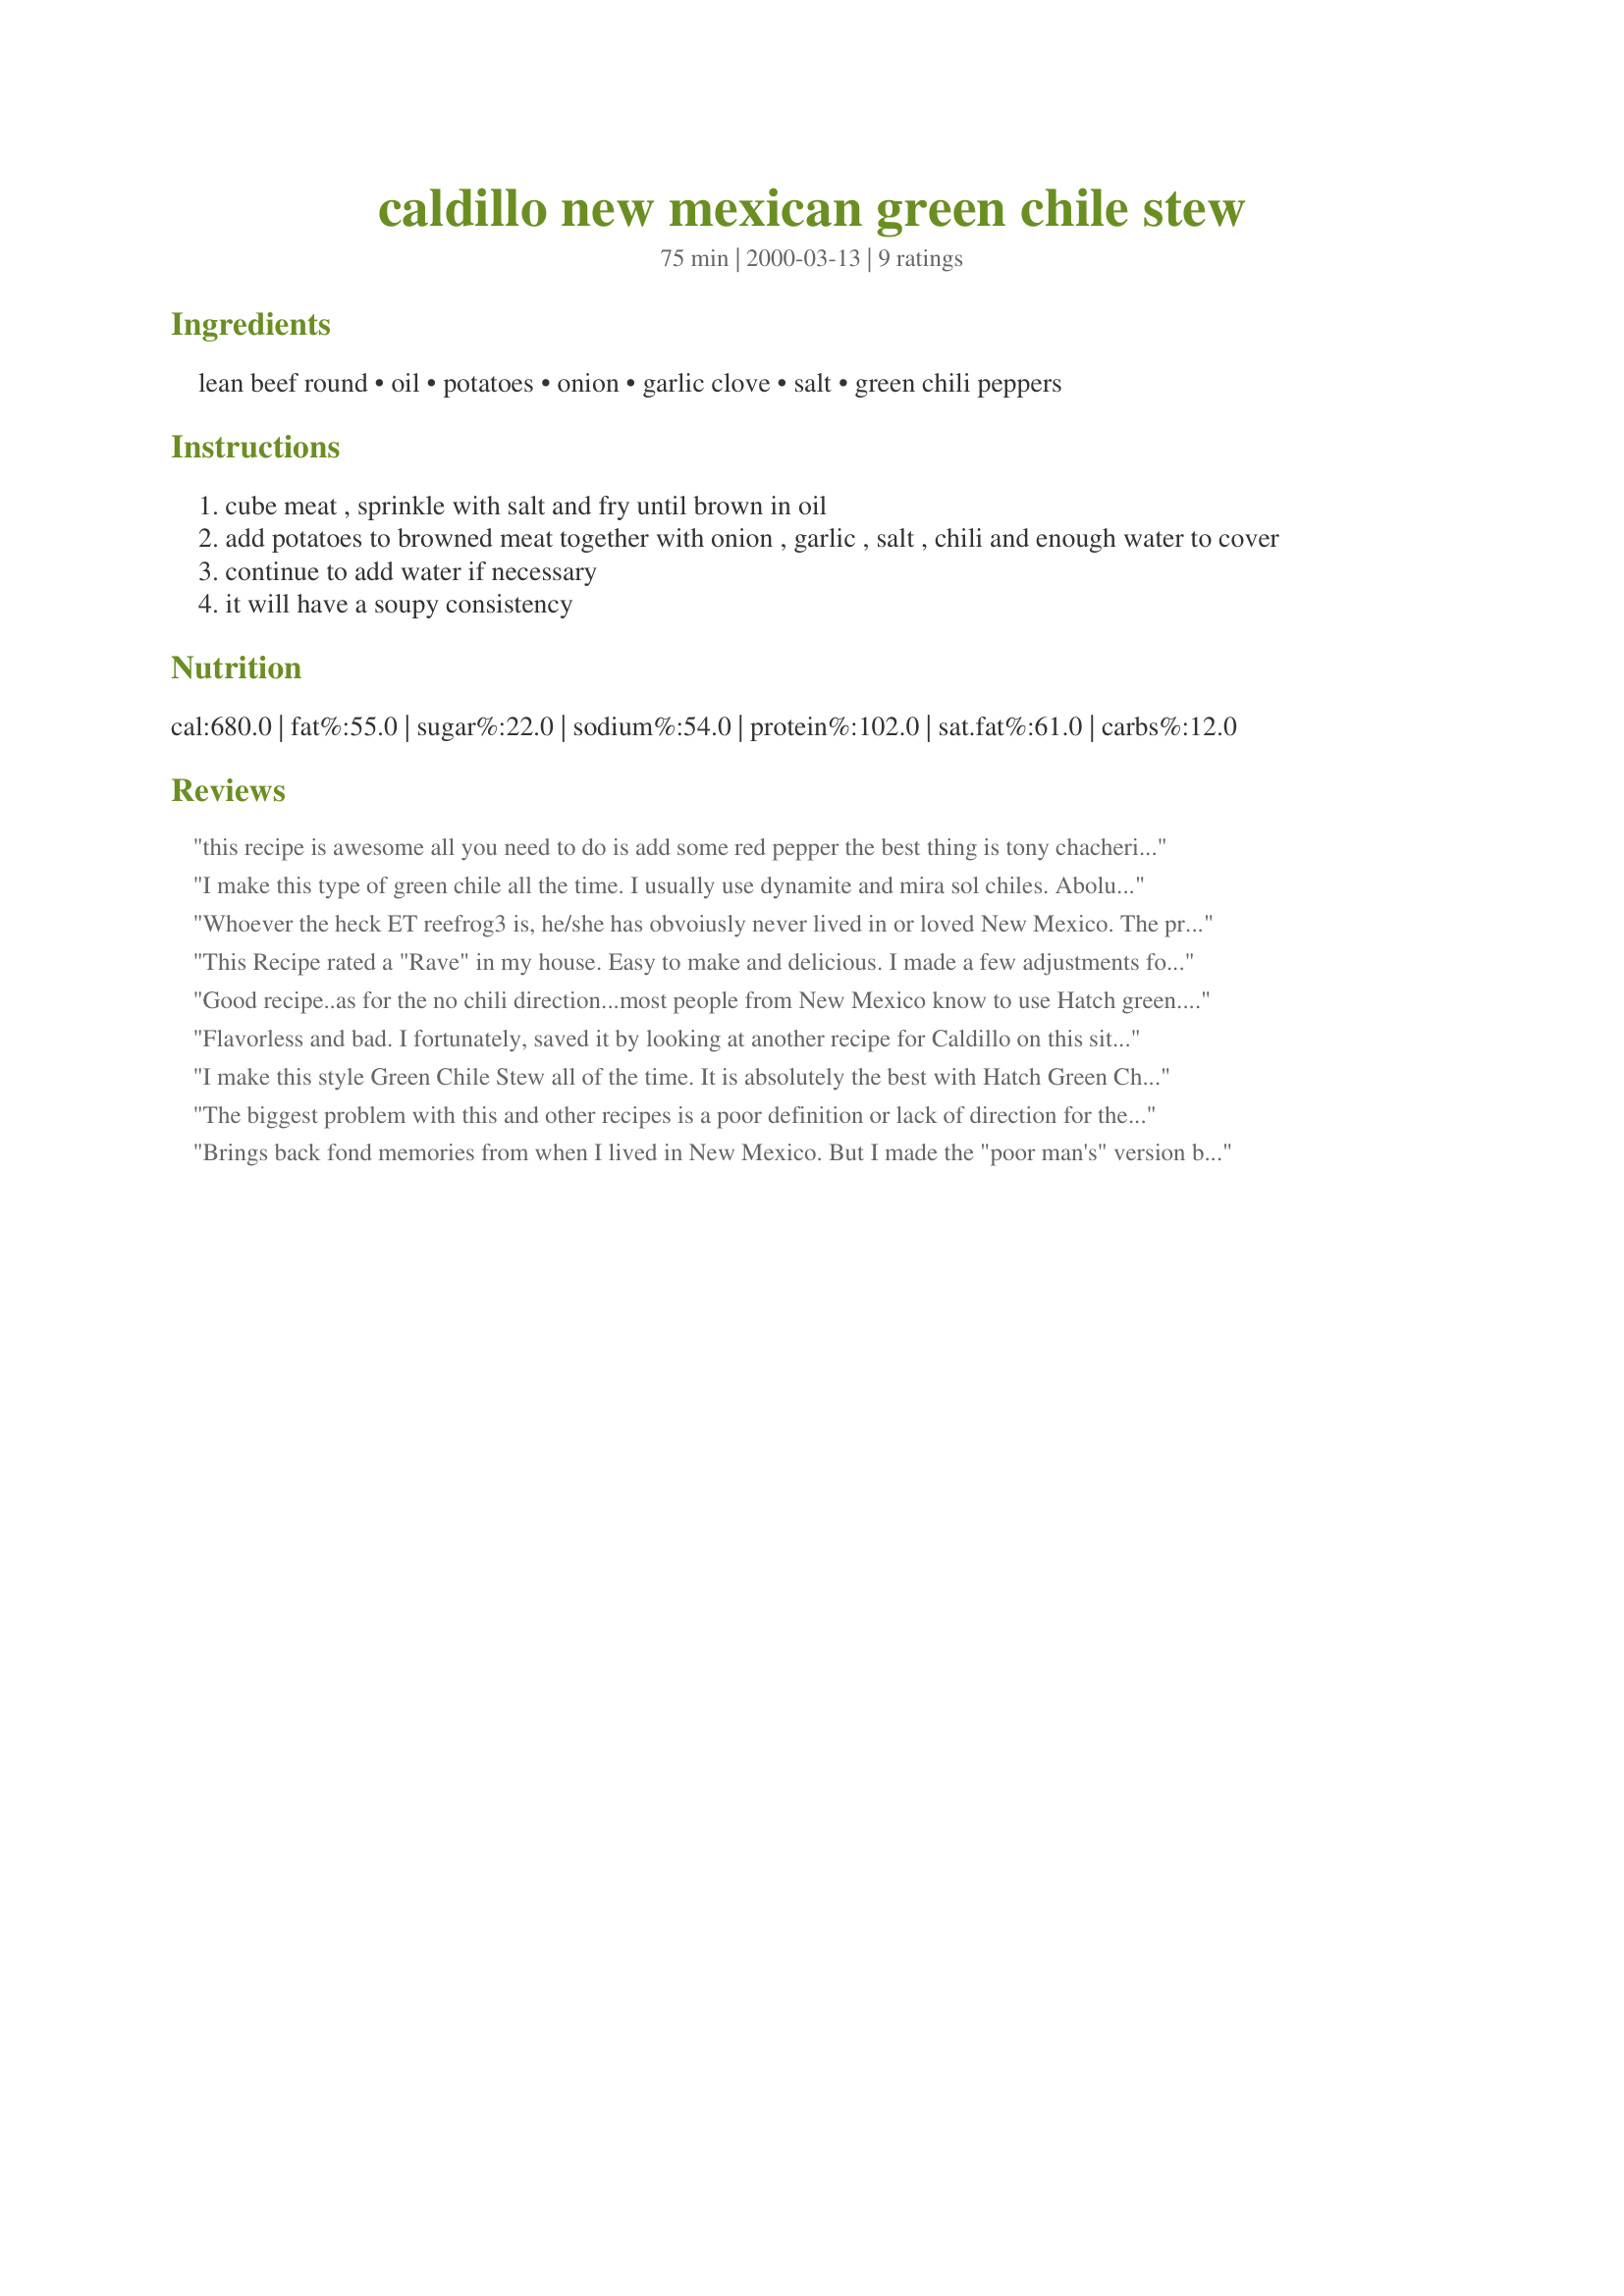
caldillo new mexican green chile stew
Preparation time: 75 minutes

Ingredients:
lean beef round, oil, potatoes, onion, garlic clove, salt, green chili peppers

Steps:
cube meat , sprinkle with salt and fry until brown in oil
add potatoes to browned meat together with onion , garlic , salt , chili and enough water to cover
continue to add water if necessary
it will have a soupy consistency

Reviews:
this recipe is awesome all you need to do is add some red pepper the best thing is tony chacherie,s more spice, it can be purchased thru a cajun store. just spice it up
I make this type of green chile all the time. I usually use dynamite and mira sol chiles. Abolutely delicious with fresh homemade flour tortillas. THanks!
Whoever the heck ET reefrog3 is, he/she has obvoiusly never lived in or loved New Mexico. The problem with ET reefrog3's stew is that he/she was probably using some useless canned green chile - NOT New Mexico chiles. I love this recipe It is a basic recipe, and I usually use some lettuce, lime cilantro and raw onion on the side so that whoever wants to add to the caldillo can do so. You can also add comino, oregano, chimaja, mejorama, etc. to the soup according to taste. Next time, order some Bueno Foods or Hatch green chiles (fresh frozen) before you try this recipe, and use some of the more authentic seasonings, and you will have a MUCH more edible caldillo.
This Recipe rated a "Rave" in my house. Easy to make and delicious. I made a few adjustments for my "spicey loving" household and it was still terrific.
Good recipe..as for the no chili direction...most people from New Mexico know to use Hatch green. There IS no other substitute.
Flavorless and bad.
I fortunately, saved it by looking at another recipe for Caldillo on this site and and adding some of the ingredients listed there.
I make this style Green Chile Stew all of the time. It is absolutely the best with Hatch Green Chile. The only difference between mine and yours is that I add tomatoes and season with Cumin, a dash of parsley, and black pepper. It fills the house with such a wonderful aroma!!! Smells like home, New Mexico.
The biggest problem with this and other recipes is a poor definition or lack of direction for the "Green Chili Peppers". Too often, this is interpreted to mean Jalapenos. Use the canned Anahiem chilis such as Ortega or Hatch. If you want to use fresh, roast fresh Anahiem chilis and peel, then add to your basic recipe. Another hint, don't cube the meat too small. UM UM GOOD!.
Brings back fond memories from when I lived in New Mexico. But I made the "poor man's" version but substituting ground beef for the cubed meat. I also substituted canned diced potatoes since my schedule is really tight. I was taught while living in N.M. to roast my Anaheim peppers on the grill or under the broiler, then put them in a paper bag to steam them (this makes peeling them much easier) for about 10-15 minutes, seed them and then chop them. I make a ton of these at once and freeze them in snack size zipper bags for future use.
Thank you for reminding me how good a easy meal can taste.
